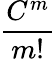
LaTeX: \frac{C^{m}}{m!}